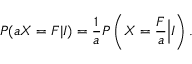
P ( a X = F | I ) = \frac { 1 } { a } P \left( X = \frac { F } { a } \Big | I \right) .